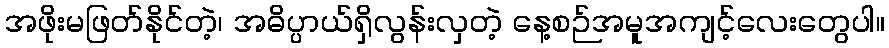
အဖိုးမဖြတ်နိုင်တဲ့၊ အဓိပ္ပာယ်ရှိလွန်းလှတဲ့ နေ့စဉ်အမူအကျင့်လေးတွေပါ။